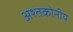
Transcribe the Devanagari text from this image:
अश्तकोनीय